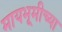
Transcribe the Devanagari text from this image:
मायभूमीच्या